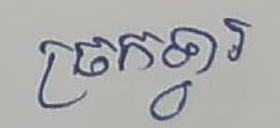
ច្រកទ្វារ